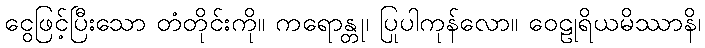
ငွေဖြင့်ပြီးသော တံတိုင်းကို။ ကရောန္တု၊ ပြုပါကုန်လော။ ဝေဠုရိယမိဿာနိ၊